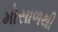
મોસાળથી